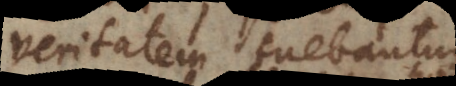
veritatem tuebantur,